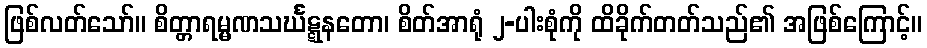
ဖြစ်လတ်သော်။ စိတ္တာရမ္မဏသင်္ဃဋ္ဋနတော၊ စိတ်အာရုံ ၂-ပါးစုံကို ထိခိုက်တတ်သည်၏ အဖြစ်ကြောင့်။